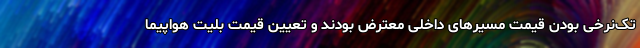
تک‌نرخی بودن قیمت مسیرهای داخلی معترض بودند و تعیین قیمت بلیت هواپیما